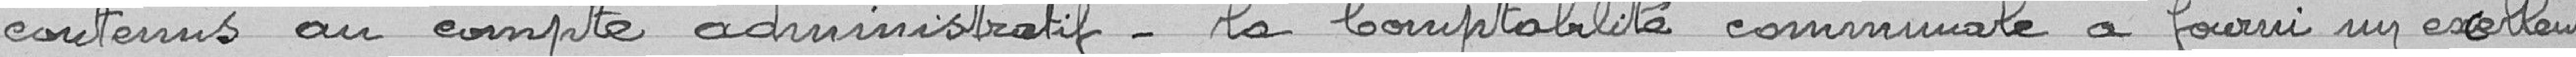
contenus au compte administratif. La comptabilité communale a fourni un excellent